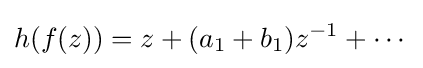
h(f(z))=z+(a_{1}+b_{1})z^{-1}+\cdots